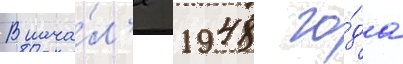
В нача́л'е 1948 го́да